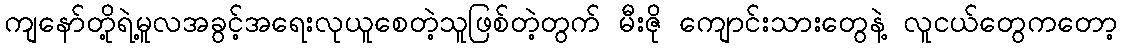
ကျနော်တို့ရဲ့မူလအခွင့်အရေးလုယူစေတဲ့သူဖြစ်တဲ့တွက် မီးဇို ကျောင်းသားတွေနဲ့ လူငယ်တွေကတော့